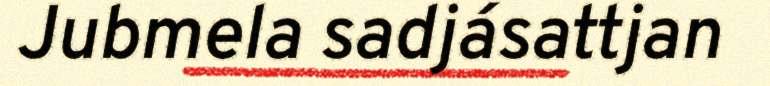
Jubmela sadjásattjan